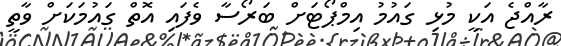
ރާއްޖެ އަކީ މުޅި ގައުމު އިމްޕޯޓަށް ބަރޯސާ ވެފައި އޮތް ގައުމަކަށް ވާތީ